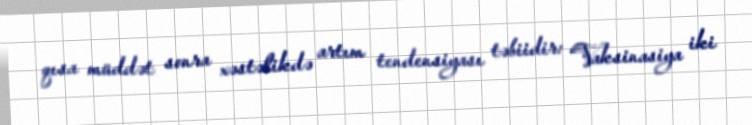
qısa müddət sonra xəstəlikdə artım tendensiyası təbiidir: “Vaksinasiya iki